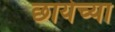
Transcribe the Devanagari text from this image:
छायेच्या